Lunatic asylums United Provinces 1899-1908 - 1899-1908
Year: 1899
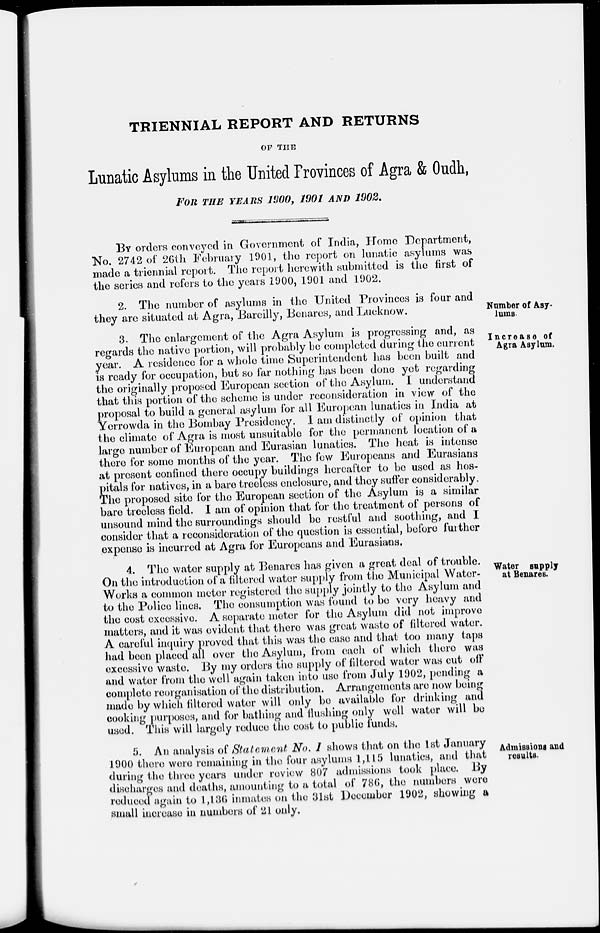
TRIENNIAL REPORT AND RETURNS
OF THE
Lunatic Asylums in the United Provinces of Agra & Oudh,
FOR THE YEARS 1900, 1901 AND 1902.
BY orders conveyed in Government of India, Home Department,
No. 2742 of 26th February 1901, the report on lunatic asylums was
made a triennial report. The report herewith submitted is the first of
the series and refers to the years 1900, 1901 and 1902.
Number of Asy-
lums.
2. The number of asylums in the United Provinces is four and
they are situated at Agra, Bareilly, Benares, and Lucknow.
Increase of
Agra Asylum.
3. The enlargement of the Agra Asylum is progressing and, as
regards the native portion, will probably be completed during the current
year. A residence for a whole time Superintendent has been built and
is ready for occupation, but so far nothing has been done yet regarding
the originally proposed European section of the Asylum. I understand
that this portion of the scheme is under reconsideration in view of the
proposal to build a general asylum for all European lunatics in India at
Yerrowda in the Bombay Presidency. I am distinctly of opinion that
the climate of Agra is most unsuitable for the permanent location of a
large number of European and Eurasian lunatics. The heat is intense
there for some months of the year. The few Europeans and Eurasians
at present confined there occupy buildings hereafter to be used as hos-
pitals for natives, in a bare treeless enclosure, and they suffer considerably.
The proposed site for the European section of the Asylum is a similar
bare treeless field. I am of opinion that for the treatment of persons of
unsound mind the surroundings should be restful and soothing, and I
consider that a reconsideration of the question is essential, before further
expense is incurred at Agra for Europeans and Eurasians.
Water supply
at Benares.
4. The water supply at Benares has given a great deal of trouble.
On the introduction of a filtered water supply from the Municipal Water-
Works a common meter registered the supply jointly to the Asylum and
to the Police lines. The consumption was found to be very heavy and
the cost excessive. A separate meter for the Asylum did not improve
matters, and it was evident that there was great waste of filtered water.
A careful inquiry proved that this was the case and that too many taps
had been placed all over the Asylum, from each of which there was
excessive waste. By my orders the supply of filtered water was cut off
and water from the well again taken into use from July 1902, pending a
complete reorganisation of the distribution. Arrangements are now being
made by which filtered water will only be available for drinking and
cooking purposes, and for bathing and flushing only well water will be
used. This will largely reduce the cost to public funds.
Admissions and
results.
5. An analysis of Statement No. 1 shows that on the 1st January
1900 there were remaining in the four asylums 1,115 lunatics, and that
during the three years under review 807 admissions took place. By
discharges and deaths, amounting to a total of 786, the numbers were
reduced again to 1,136 inmates on the 31st December 1902, showing a
small increase in numbers of 21 only.